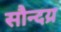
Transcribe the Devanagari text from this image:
सौन्दय्र